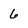
Character: 6